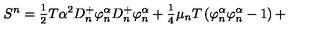
S ^ { n } = \frac { _ 1 } { ^ 2 } T \alpha ^ { 2 } D _ { n } ^ { + } \varphi _ { n } ^ { \alpha } D _ { n } ^ { + } \varphi _ { n } ^ { \alpha } + \frac { _ 1 } { ^ 4 } \mu _ { n } T \left( \varphi _ { n } ^ { \alpha } \varphi _ { n } ^ { \alpha } - 1 \right) +